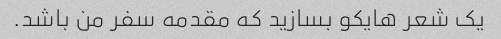
یک شعر هایکو بسازید که مقدمه سفر من باشد.